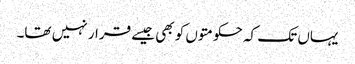
یہاں تک کہ حکومتوں کو بھی جیسے قرار نہیں تھا۔